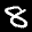
Label: 8